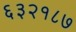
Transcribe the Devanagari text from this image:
६३२१८७